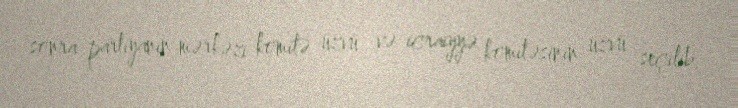
sonra partiyanın mərkəzi komitə üzvü və icraiyyə komitəsinin üzvü seçilib.